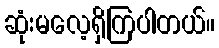
ဆုံးမလေ့ရှိကြပါတယ်။